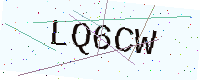
Text: LQ6CW